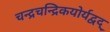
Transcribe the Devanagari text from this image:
चन्द्रचन्द्रिकयोर्यद्वद्